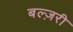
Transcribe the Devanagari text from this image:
बल्ज़री